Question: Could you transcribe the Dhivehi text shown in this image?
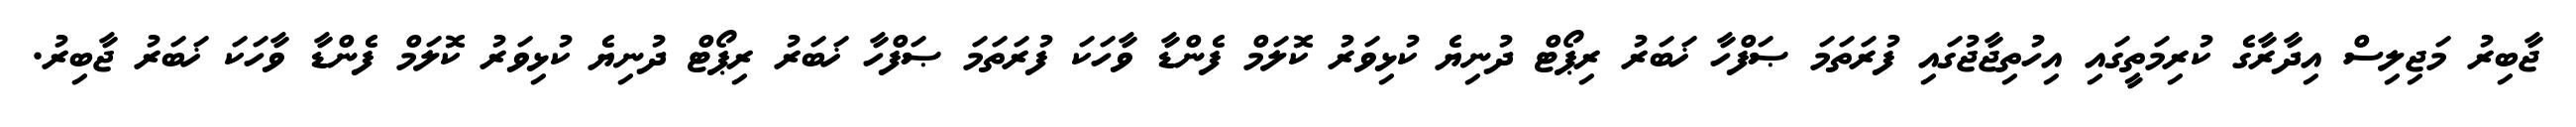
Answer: ޖާބިރު މަޖިލިސް އިދާރާގެ ކުރިމަތީގައި އިހުތިޖާޖުގައި ފުރަތަމަ ޞަފްހާ ޚަބަރު ރިޕޯޓް ދުނިޔެ ކުޅިވަރު ކޮލަމް ފެންޑާ ވާހަކަ ފުރަތަމަ ޞަފްހާ ޚަބަރު ރިޕޯޓް ދުނިޔެ ކުޅިވަރު ކޮލަމް ފެންޑާ ވާހަކަ ޚަބަރު ޖާބިރު.